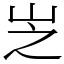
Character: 㞫